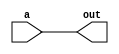
module posGate( a, out);

	input signed [2:0] a;
	output signed [2:0] out;
	wire signed [2:0] out;

	assign out = +a;
	
endmodule